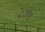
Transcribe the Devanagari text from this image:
देशेषु